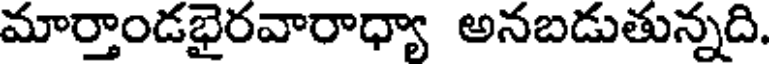
మార్తాండభైరవారాధ్యా అనబడుతున్నది.